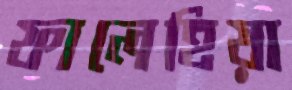
ফালেহিয়া